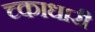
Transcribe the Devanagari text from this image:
च्काधारी